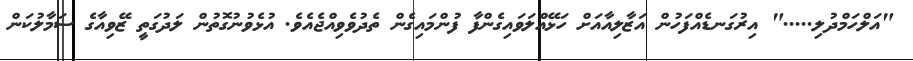
"އަލްހަމްދުލި....." އިރުގަނޑެއްފަހުން އަޒާލިއާއަށް ހަޅޭއްލަވައިގެންފާ ފުންމައިގެން ތެދުވެވިއްޖެއެވެ. އުޅެވުނުގޮތުން ލަދުގަތީ ޒޭވިއާގެ ސަމާލުކަން